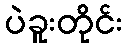
ပဲခူးတိုင်း